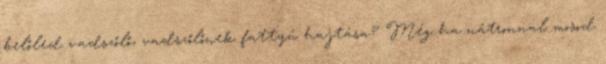
belőled vadszőlő, vadszőlőnek fattyú hajtása? Még ha nátronnal mosod